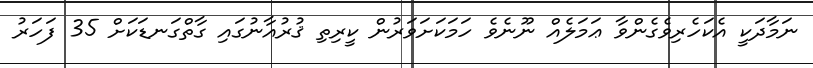
ނަމާދަކީ އެކަހެރިވެގެންވާ ޢަމަލެއް ނޫނެވެ ހަމަކަށަވަރުން ކީރިތި ޤުރުއާނުގައި ގާތްގަނޑަކަށް 35 ފަހަރު